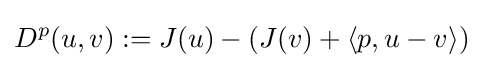
D^{p}(u,v):=J(u)-(J(v)+\langle p,u-v\rangle )